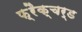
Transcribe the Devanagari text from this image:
फ़्रैक्चर्ड